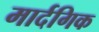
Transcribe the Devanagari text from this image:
मार्दगिक